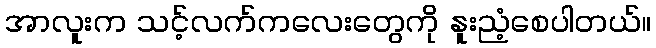
အာလူးက သင့်လက်ကလေးတွေကို နူးညံ့စေပါတယ်။